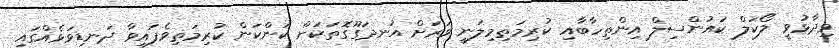
ވިދާޅުވީ ލޯކަލް ކައުންސިލް އިންތިހާބާއި ކުރިމަތިމިލަނީ ވަރަށް އުނދަގޫގޮތަކަށް ކަންކަން ކުރިމަތިވެފައިވާ ދަނޑިވަޅެއްގައި